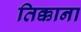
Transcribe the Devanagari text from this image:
तिक्काना